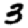
Digit: 3